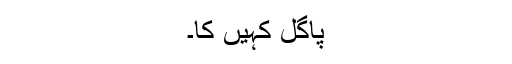
پاگل کہیں کا۔